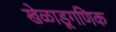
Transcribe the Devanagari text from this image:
खेळाडूगणिक